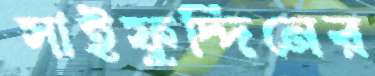
সাইফুদ্দিনের